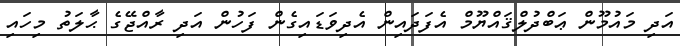
އަދި މައުމޫން ޢަބްދުލްޤައްޔޫމް އެފަދައިން އެދިވަޑައިގެން ފަހުން އަދި ރާއްޖޭގެ ޙާލަތު މިހައި